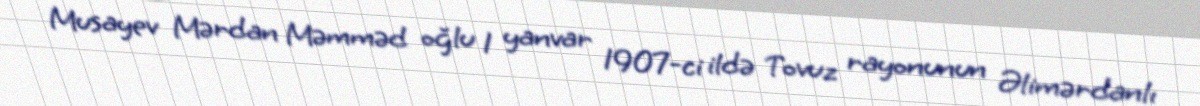
Musayev Mərdan Məmməd oğlu 1 yanvar 1907-ci ildə Tovuz rayonunun Əlimərdanlı